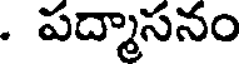
. పద్మాసనం